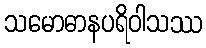
သမောဓာနပရိဝါသဿ